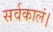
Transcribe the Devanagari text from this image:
सर्वकालं।